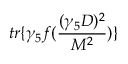
t r \{ \gamma _ { 5 } f ( \frac { ( \gamma _ { 5 } D ) ^ { 2 } } { M ^ { 2 } } ) \}